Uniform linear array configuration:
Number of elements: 12
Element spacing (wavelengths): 1
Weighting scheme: blackman
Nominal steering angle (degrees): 45
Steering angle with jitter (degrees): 45.832
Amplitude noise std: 0.05
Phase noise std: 0.05

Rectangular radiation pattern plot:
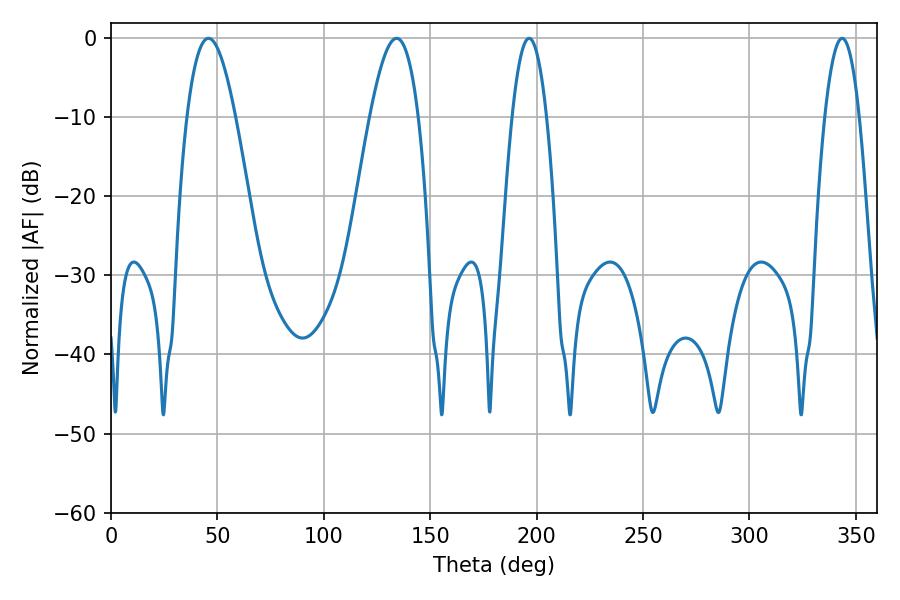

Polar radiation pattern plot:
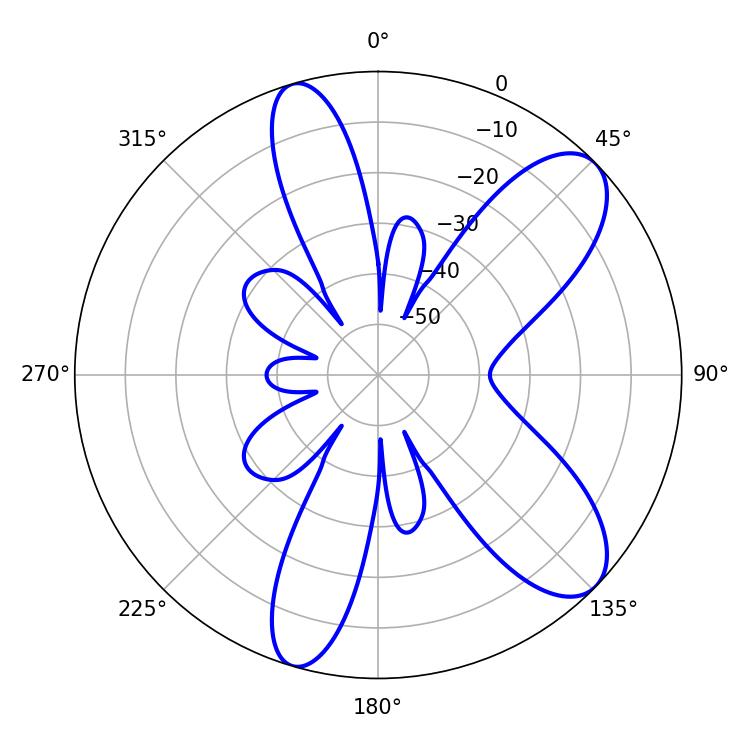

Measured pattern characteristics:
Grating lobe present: TRUE
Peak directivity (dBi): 9.137
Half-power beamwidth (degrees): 12.42
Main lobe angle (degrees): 45.72